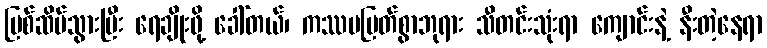
မြစ်ဆိပ်သွားပြီး ရေချိုးဖို့ ခေါ်တယ်၊ ကဿပမြတ်စွာဘုရား သီတင်းသုံးရာ ကျောင်းနဲ့ နီးတဲ့နေရာ